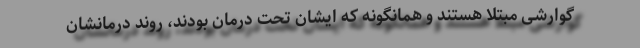
گوارشی مبتلا هستند و همانگونه که ایشان تحت درمان بودند، روند درمانشان